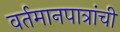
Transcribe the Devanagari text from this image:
वर्तमानपात्रांची